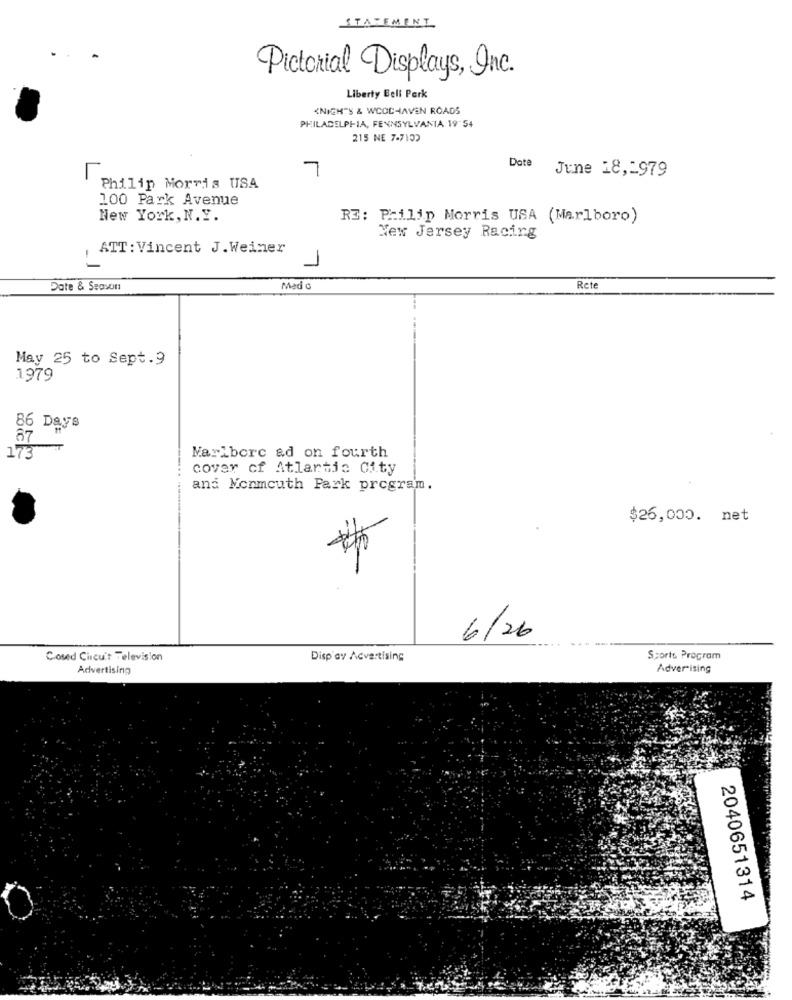
STATEMENT
Pictorial Displays, Inc.
Liberty Bell Park
<NIGH"S & WCOCHAVEN ROADS
PHILADELPHIA, PENNSYLVANIA 19 54
215 NE 7-7132
7
Date
r
June 18,1979
Philip Morris USA
100 Park Avenue
New York, N. Y.
RE: Philip Morris USA (Marlboro)
New Jersey Racing
ATT : Vincent J. Weiner
-
1
Date & Season
Med o
Rete
May 25 to Sept.9
1979
86 Days
173
Mariborc &d on fourth
cover of Atlantic City
and Monmouth Park program.
$26,000. net
#
6/26
Closed Circu't Television
Disp av Advertising
Sports Program
Advertising
Advertising
2040651314